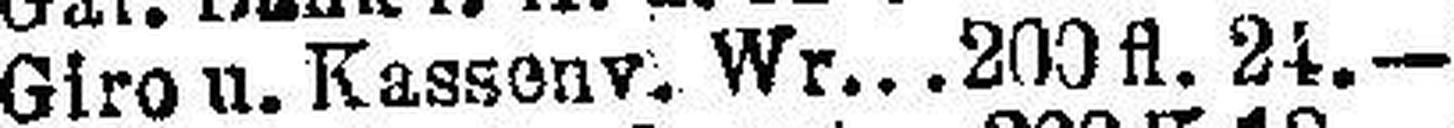
Giro u. Kassenv. Wr.. .200 fl. 24.—